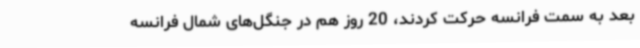
بعد به ‌سمت فرانسه حرکت کردند، 20 روز هم در جنگل‌های شمال فرانسه